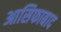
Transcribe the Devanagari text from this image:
आसिफाबाद